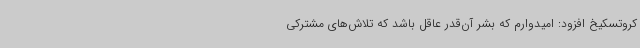
کروتسکیخ افزود: امیدوارم که بشر آن‌قدر عاقل باشد که تلاش‌های مشترکی